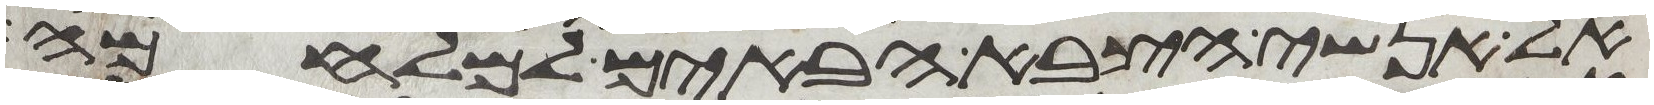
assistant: אל אנשי הצבא הבאים למלחמה